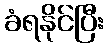
ခံရနိုင်ပြီး